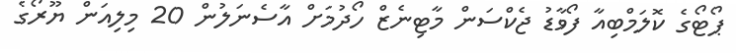
ޕޯޓޯގެ ކޮލަމްބިއާ ފޯވާޑު ޖެކްސަން މާޓިނެޒް ހޯދުމަށް އާސެނަލުން 20 މިލިއަން ޔޫރޯގެ